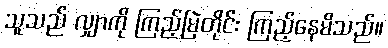
သူသည် လျှာကို ကြည့်မြဲတိုင်း ကြည့်နေမိသည်။